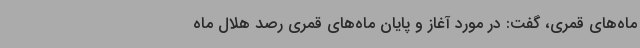
ماه‌های قمری، گفت: در مورد آغاز و پایان ماه‌های قمری رصد هلال ماه